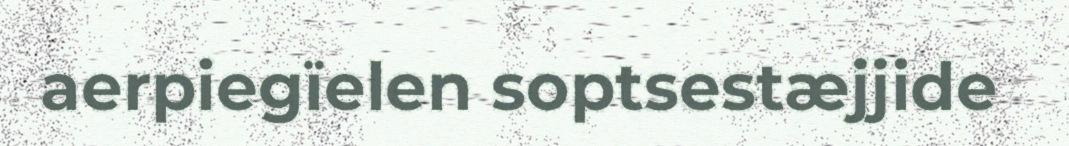
aerpiegïelen soptsestæjjide